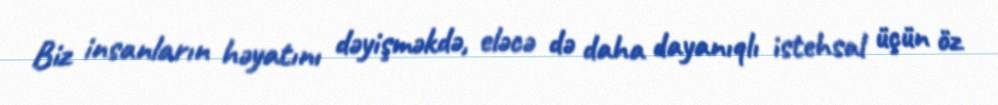
Biz insanların həyatını dəyişməkdə, eləcə də daha dayanıqlı istehsal üçün öz